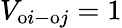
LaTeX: V_{\mathrm{o}i-\mathrm{o}j}=1